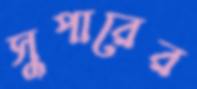
সুপারের